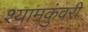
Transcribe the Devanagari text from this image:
श्यामकुंवरी